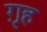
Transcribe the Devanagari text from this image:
ग़ृह